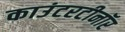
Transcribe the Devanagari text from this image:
काउंटरटीनॉर